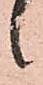
候